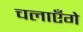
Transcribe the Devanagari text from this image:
चलाएँगे